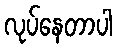
လုပ်နေတာပါ